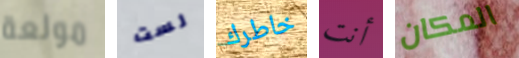
مولعة لست خاطرك أنت المكان